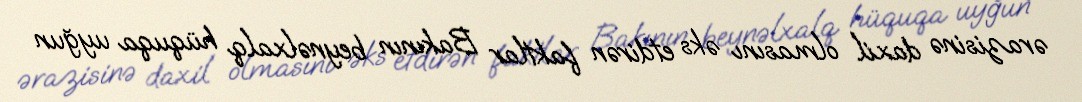
ərazisinə daxil olmasını əks etdirən faktlar Bakının beynəlxalq hüquqa uyğun